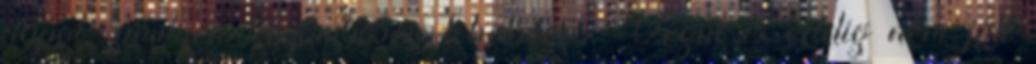
napot, amilyen közömbösen lehetséges. Végül is eddig nem jött